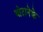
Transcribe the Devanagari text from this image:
बोटानेके